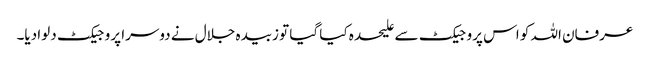
عرفان اللہ کو اس پروجیکٹ سے علیحدہ کیا گیا تو زبیدہ جلال نے دوسرا پروجیکٹ دلوا دیا۔